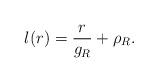
LaTeX: \begin{align*}l(r)=\frac{r}{g_{R}}+\rho_{R}.\end{align*}